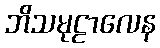
ဘိသမုဠာလေန